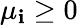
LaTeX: \mu_{\mathbf{i}}\geq0